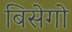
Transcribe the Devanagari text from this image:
बिसेगो